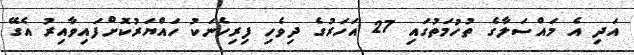
އަދި އެ މައްސަލާގެ ތުހުމަތުގައި 27 އަހަރުގެ ދިވެހި ފިރިހެނަކު ހައްޔަރުކޮށްފައިވާއިރު އެގޭ